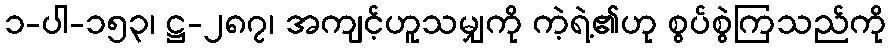
၁-ပါ-၁၅၃၊ ဋ္ဌ-၂၈၇၊ အကျင့်ဟူသမျှကို ကဲ့ရဲ့၏ဟု စွပ်စွဲကြသည်ကို